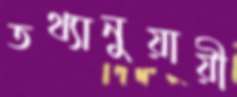
তথ্যানুয়ায়ী